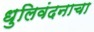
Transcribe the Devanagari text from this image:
धुलिवंदनाचा